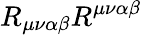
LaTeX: R_{\mu\nu\alpha\beta}R^{\mu\nu\alpha\beta}